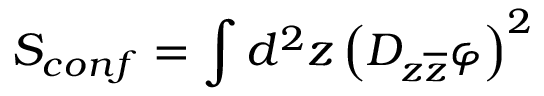
S _ { c o n f } = \int d ^ { 2 } z \left( D _ { z \overline { { { z } } } } \varphi \right) ^ { 2 }